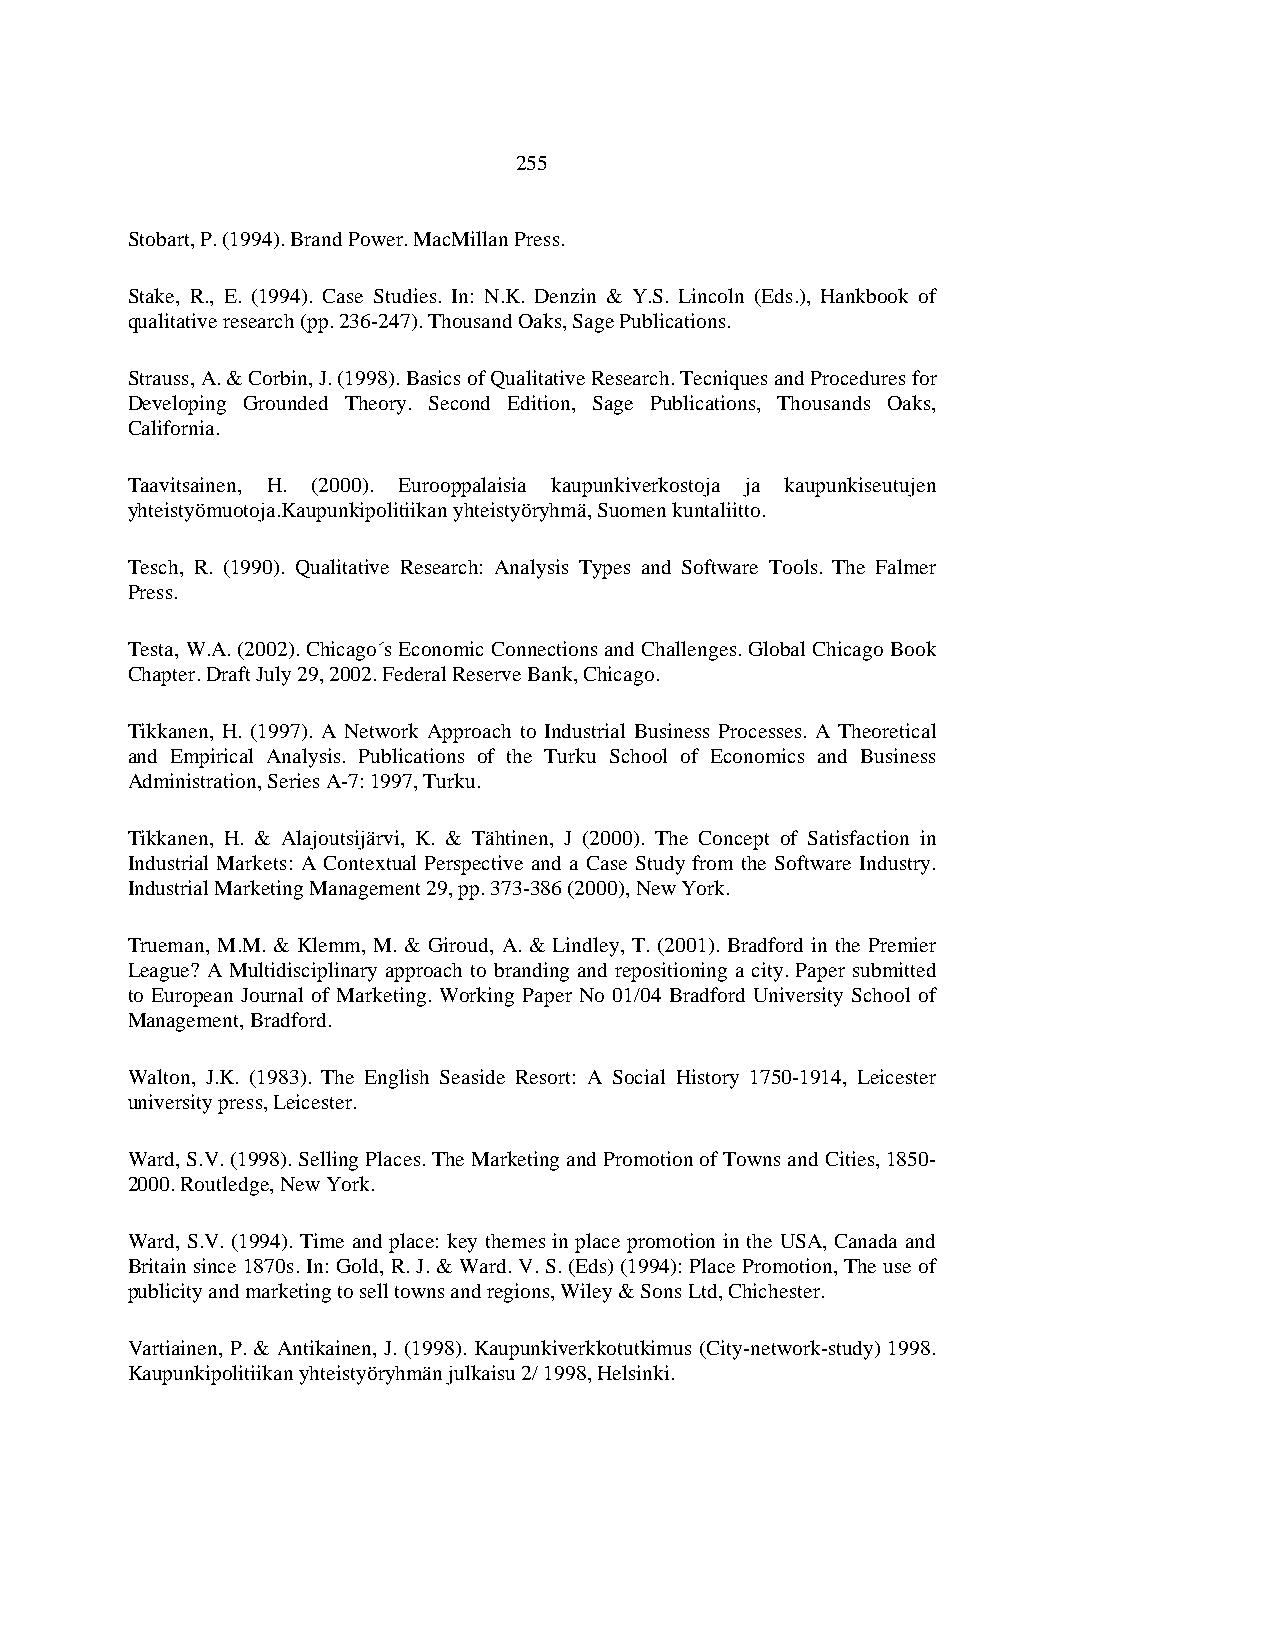
255
 Stobart, P. (1994). Brand Power. MacMillan Press.
 Stake, R., E. (1994). Case Studies. In: N.K. Denzin & Y.S. Lincoln (Eds.), Hankbook of
 qualitative research (pp. 236-247). Thousand Oaks, Sage Publications.
 Strauss, A. & Corbin, J. (1998). Basics of Qualitative Research. Tecniques and Procedures for
 Developing Grounded Theory. Second Edition, Sage Publications, Thousands Oaks,
 California.
 Taavitsainen, H. (2000). Eurooppalaisia kaupunkiverkostoja ja kaupunkiseutujen
 yhteistyömuotoja.Kaupunkipolitiikan yhteistyöryhmä, Suomen kuntaliitto.
 Tesch, R. (1990). Qualitative Research: Analysis Types and Software Tools. The Falmer
 Press.
 Testa, W.A. (2002). Chicago´s Economic Connections and Challenges. Global Chicago Book
 Chapter. Draft July 29, 2002. Federal Reserve Bank, Chicago.
 Tikkanen, H. (1997). A Network Approach to Industrial Business Processes. A Theoretical
 and Empirical Analysis. Publications of the Turku School of Economics and Business
 Administration, Series A-7: 1997, Turku.
 Tikkanen, H. & Alajoutsijärvi, K. & Tähtinen, J (2000). The Concept of Satisfaction in
 Industrial Markets: A Contextual Perspective and a Case Study from the Software Industry.
 Industrial Marketing Management 29, pp. 373-386 (2000), New York.
 Trueman, M.M. & Klemm, M. & Giroud, A. & Lindley, T. (2001). Bradford in the Premier
 League? A Multidisciplinary approach to branding and repositioning a city. Paper submitted
 to European Journal of Marketing. Working Paper No 01/04 Bradford University School of
 Management, Bradford.
 Walton, J.K. (1983). The English Seaside Resort: A Social History 1750-1914, Leicester
 university press, Leicester.
 Ward, S.V. (1998). Selling Places. The Marketing and Promotion of Towns and Cities, 1850-
 2000. Routledge, New York.
 Ward, S.V. (1994). Time and place: key themes in place promotion in the USA, Canada and
 Britain since 1870s. In: Gold, R. J. & Ward. V. S. (Eds) (1994): Place Promotion, The use of
 publicity and marketing to sell towns and regions, Wiley & Sons Ltd, Chichester.
 Vartiainen, P. & Antikainen, J. (1998). Kaupunkiverkkotutkimus (City-network-study) 1998.
 Kaupunkipolitiikan yhteistyöryhmän julkaisu 2/ 1998, Helsinki.